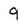
Character: 9